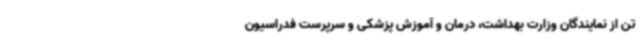
تن از نمایندگان وزارت بهداشت، درمان و آموزش پزشکی و سرپرست فدراسیون